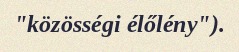
"közösségi élőlény").